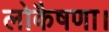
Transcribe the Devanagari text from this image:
लोकैषणा।